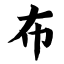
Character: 布